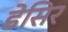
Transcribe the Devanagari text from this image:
डेसिर